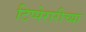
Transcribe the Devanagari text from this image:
टिप्पेरारीच्या